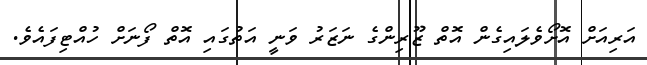
އަރިއަށް އޮށޯވެލައިގެން އޮތް ޒޫރިންގެ ނަޒަރު ވަނީ އަތުގައި އޮތް ފޯނަށް ހުއްޓިފައެވެ.